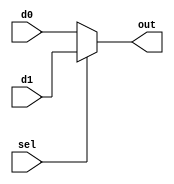
`timescale 1ns / 1ps
module mux #(parameter WIDTH = 32)(
    input sel,
    input [WIDTH-1:0] d0,
    input [WIDTH-1:0] d1,
    output [WIDTH-1:0] out
    );
	assign out = (sel == 1'b1 ? d1 : d0);
endmodule


module mux2 #(parameter WIDTH = 32)(
    input [1:0] sel,
    input [WIDTH-1:0] d0,
    input [WIDTH-1:0] d1,
    input [WIDTH-1:0] d2,
    input [WIDTH-1:0] d3,
    output [WIDTH-1:0] out
    );
    wire [WIDTH-1:0] temp1,temp2;

assign temp1 = (sel[0] == 1'b1 ? d1 : d0);
assign temp2= (sel[0] == 1'b1 ? d3 : d2);
assign out = (sel[1] == 1'b1 ? temp2 : temp1);
endmodule